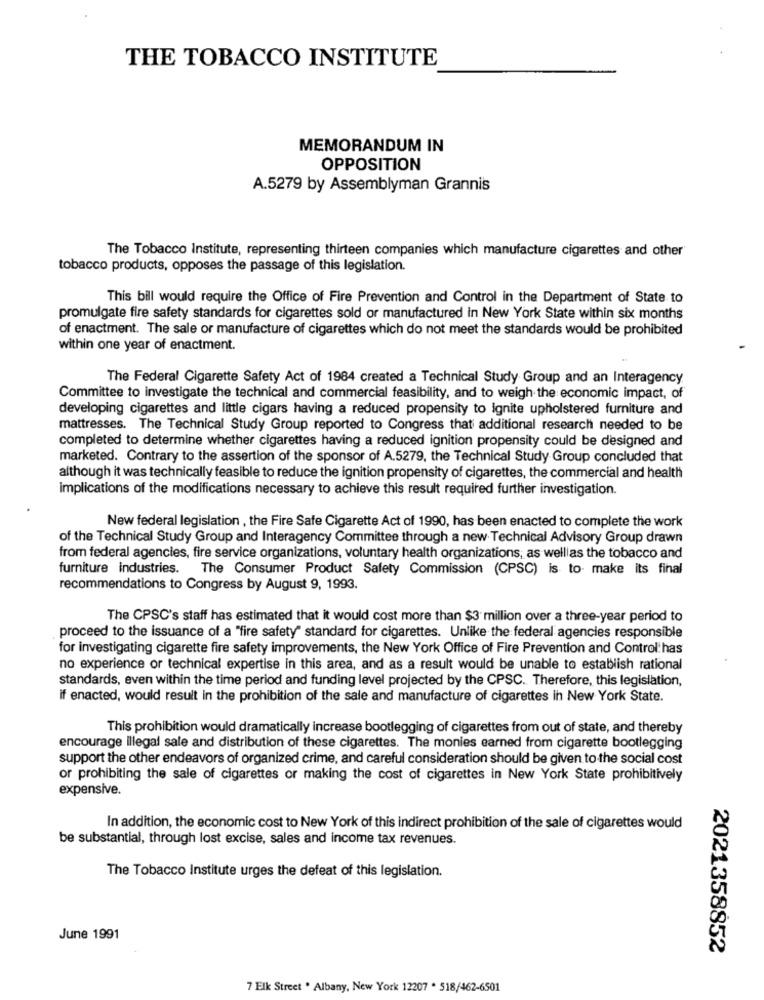
THE TOBACCO INSTITUTE
MEMORANDUM IN
OPPOSITION
A.5279 by Assemblyman Grannis
The Tobacco Institute, representing thirteen companies which manufacture cigarettes and other
tobacco products, opposes the passage of this legislation.
This bill would require the Office of Fire Prevention and Control in the Department of State to
promulgate fire safety standards for cigarettes sold or manufactured in New York State within six months
of enactment. The sale or manufacture of cigarettes which do not meet the standards would be prohibited
within one year of enactment.
The Federal Cigarette Safety Act of 1984 created a Technical Study Group and an Interagency
Committee to investigate the technical and commercial feasibility, and to weigh the economic impact, of
developing cigarettes and little cigars having a reduced propensity to ignite upholstered furniture and
mattresses. The Technical Study Group reported to Congress that additional research needed to be
completed to determine whether cigarettes having a reduced ignition propensity could be designed and
marketed. Contrary to the assertion of the sponsor of A.5279, the Technical Study Group concluded that
although it was technically feasible to reduce the ignition propensity of cigarettes, the commercial and health
implications of the modifications necessary to achieve this result required further investigation.
New federal legislation , the Fire Safe Cigarette Act of 1990, has been enacted to complete the work
of the Technical Study Group and Interagency Committee through a new Technical Advisory Group drawn
from federal agencies, fire service organizations, voluntary health organizations, as welllas the tobacco and
furniture industries. The Consumer Product Safety Commission (CPSC) is to make its final
recommendations to Congress by August 9, 1993.
The CPSC's staff has estimated that it would cost more than $3 million over a three-year period to
proceed to the issuance of a "fire safety" standard for cigarettes. Unlike the federal agencies responsible
for investigating cigarette fire safety improvements, the New York Office of Fire Prevention and Control'has
no experience or technical expertise in this area, and as a result would be unable to establish rational
standards, even within the time period and funding level projected by the CPSC. Therefore, this legislation,
if enacted, would result in the prohibition of the sale and manufacture of cigarettes in New York State.
This prohibition would dramatically increase bootlegging of cigarettes from out of state, and thereby
encourage illegal sale and distribution of these cigarettes. The monies earned from cigarette bootlegging
support the other endeavors of organized crime, and careful consideration should be given to the social cost
or prohibiting the sale of cigarettes or making the cost of cigarettes in New York State prohibitively
expensive.
In addition, the economic cost to New York of this indirect prohibition of the sale of cigarettes would
be substantial, through lost excise, sales and income tax revenues.
The Tobacco Institute urges the defeat of this legislation.
June 1991
2021358852
7 Elk Street . Albany, New York 12207 . 518/462-6501